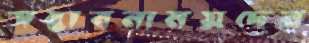
সম্ভাবনাময়দের